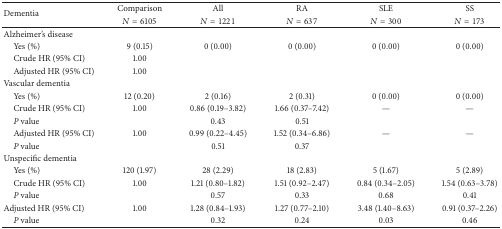
<table><thead><tr><td rowspan="2"><b>Dementia</b></td><td><b>Comparison</b></td><td><b>All</b></td><td><b>RA</b></td><td><b>SLE</b></td><td><b>SS</b></td></tr><tr><td><b><i>N</i> = 6105</b></td><td><b><i>N</i> = 1221</b></td><td><b><i>N</i> = 637</b></td><td><b><i>N</i> = 300</b></td><td><b><i>N</i> = 173</b></td></tr></thead><tbody><tr><td>Alzheimer&#x27;s disease</td><td> </td><td> </td><td> </td><td> </td><td> </td></tr><tr><td> Yes (%)</td><td>9 (0.15)</td><td>0 (0.00)</td><td>0 (0.00)</td><td>0 (0.00)</td><td>0 (0.00)</td></tr><tr><td> Crude HR (95% CI)</td><td>1.00</td><td> </td><td> </td><td> </td><td> </td></tr><tr><td> Adjusted HR (95% CI)</td><td>1.00</td><td> </td><td> </td><td> </td><td> </td></tr><tr><td>Vascular dementia</td><td> </td><td> </td><td> </td><td> </td><td> </td></tr><tr><td> Yes (%)</td><td>12 (0.20)</td><td>2 (0.16)</td><td>2 (0.31)</td><td>0 (0.00)</td><td>0 (0.00)</td></tr><tr><td> Crude HR (95% CI)</td><td>1.00</td><td>0.86 (0.19–3.82)</td><td>1.66 (0.37–7.42)</td><td>—</td><td>—</td></tr><tr><td> <i>P</i> value</td><td> </td><td>0.43</td><td>0.51</td><td> </td><td> </td></tr><tr><td> Adjusted HR (95% CI)</td><td>1.00</td><td>0.99 (0.22–4.45)</td><td>1.52 (0.34–6.86)</td><td>—</td><td>—</td></tr><tr><td> <i>P</i> value</td><td> </td><td>0.51</td><td>0.37</td><td> </td><td> </td></tr><tr><td>Unspecific dementia</td><td> </td><td> </td><td> </td><td> </td><td> </td></tr><tr><td> Yes (%)</td><td>120 (1.97)</td><td>28 (2.29)</td><td>18 (2.83)</td><td>5 (1.67)</td><td>5 (2.89)</td></tr><tr><td> Crude HR (95% CI)</td><td>1.00</td><td>1.21 (0.80–1.82)</td><td>1.51 (0.92–2.47)</td><td>0.84 (0.34–2.05)</td><td>1.54 (0.63–3.78)</td></tr><tr><td> <i>P</i> value</td><td> </td><td>0.57</td><td>0.33</td><td>0.68</td><td>0.41</td></tr><tr><td>Adjusted HR (95% CI)</td><td>1.00</td><td>1.28 (0.84–1.93)</td><td>1.27 (0.77–2.10)</td><td>3.48 (1.40–8.63)</td><td>0.91 (0.37–2.26)</td></tr><tr><td> <i>P</i> value</td><td> </td><td>0.32</td><td>0.24</td><td>0.03</td><td>0.46</td></tr></tbody></table>